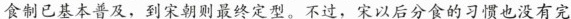
食制已基本普及，到宋朝则最终定型。不过，宋以后分食的习惯也没有完